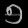
Digit: ၅